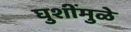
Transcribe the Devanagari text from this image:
घुशींमुळे